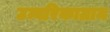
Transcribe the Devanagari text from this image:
उम्बरिकाग्राम